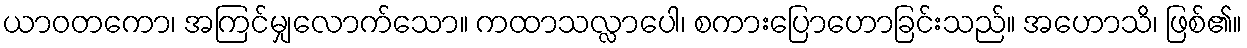
ယာဝတကော၊ အကြင်မျှလောက်သော။ ကထာသလ္လာပေါ၊ စကားပြောဟောခြင်းသည်။ အဟောသိ၊ ဖြစ်၏။